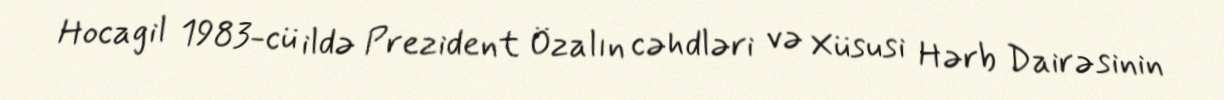
Hocagil 1983-cü ildə Prezident Özalın cəhdləri və Xüsusi Hərb Dairəsinin